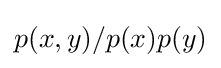
p(x,y)/p(x)p(y)